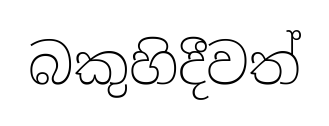
බකුහිදීවත්